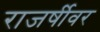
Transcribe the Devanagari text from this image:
राजर्षीवर